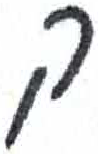
אות: ק